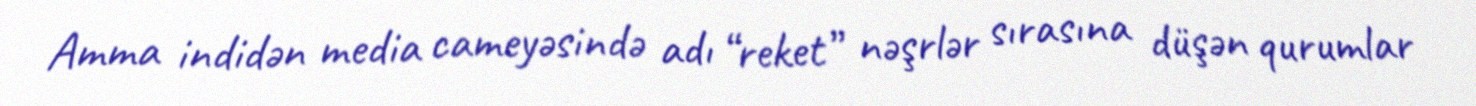
Amma indidən media cameyəsində adı “reket” nəşrlər sırasına düşən qurumlar